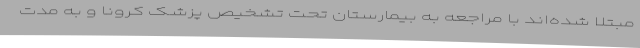
مبتلا شده‌اند با مراجعه به بیمارستان تحت تشخیص پزشک کرونا و به مدت